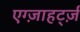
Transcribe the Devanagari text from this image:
एग्ज़ाहर्ट्ज़